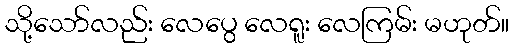
သို့သော်လည်း လေပွေ လေရူး လေကြမ်း မဟုတ်။